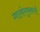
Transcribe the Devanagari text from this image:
ग्वाल्हेरमुक्कामी